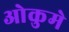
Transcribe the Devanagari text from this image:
ओकुमे